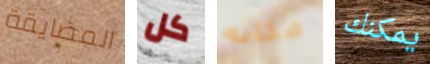
المضايقة كل مكانه يمكنك